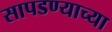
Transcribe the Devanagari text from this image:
सापडण्याच्या